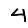
Digit: 4